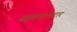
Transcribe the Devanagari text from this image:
सहहवालदार